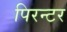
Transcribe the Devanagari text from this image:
पिरन्टर